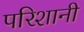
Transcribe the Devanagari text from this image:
परिशानी